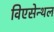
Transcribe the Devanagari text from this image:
विएसेन्थल